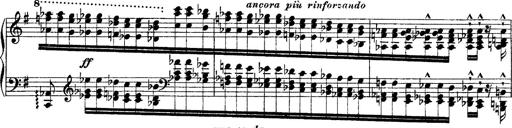
Title: Ã‰tudes d'exÃ©cution transcendante d'aprÃ¨s Paganini
Composer: Franz Liszt